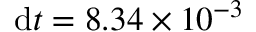
\mathrm { d } t = 8 . 3 4 \times 1 0 ^ { - 3 }